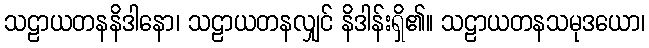
သဠာယတနနိဒါနော၊ သဠာယတနလျှင် နိဒါန်းရှိ၏။ သဠာယတနသမုဒယော၊